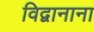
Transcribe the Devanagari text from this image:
विद्वानाना